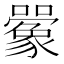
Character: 𫬰